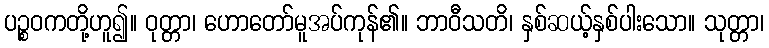
ပဉ္စဝကတို့ဟူ၍။ ဝုတ္တာ၊ ဟောတော်မူအပ်ကုန်၏။ ဘာဝီသတိ၊ နှစ်ဆယ့်နှစ်ပါးသော။ သုတ္တာ၊